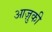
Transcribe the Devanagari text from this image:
आज़ुकी